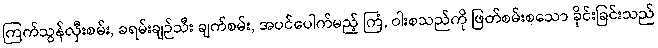
ကြက်သွန်လှီးစမ်း, ခရမ်းချဉ်သီး ချက်စမ်း, အပင်ပေါက်မည့် ကြံ, ဝါးစသည်ကို ဖြတ်စမ်းစသော ခိုင်းခြင်းသည်